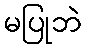
မပြုဘဲ